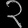
Digit: ၃